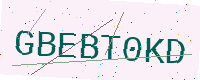
Text: GBEBT0KD